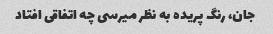
جان، رنگ پریده به نظر میرسی چه اتفاقی افتاد